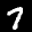
Digit: 7